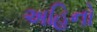
અહિનો